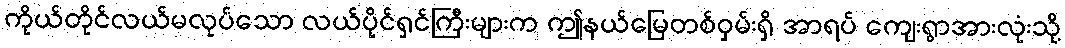
ကိုယ်တိုင်လယ်မလုပ်သော လယ်ပိုင်ရှင်ကြီးများက ဤနယ်မြေတစ်ဝှမ်းရှိ အာရပ် ကျေးရွာအားလုံးသို့